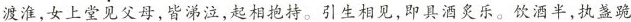
渡淮，女上堂见父母，皆涕泣，起相抱持。引生相见，即具酒炙乐。饮酒半，执盏跪